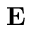
{ \mathbf E }